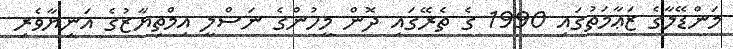
މަންޑޭލާގެ ޒަޢާމަތުގައި 1990 ގެ ތެރޭގައި ދޮން މީހުންގެ ނަސްލީ އިމްތިޔާޒުގެ އަނިޔާވެރި